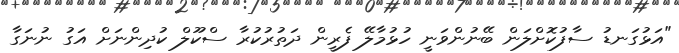
"އަޅުގަނޑު ސާފުކޮށްލަން ބޭނުންވަނީ ހުޅުމާލޭ ފެރީން ދަތުރުކުރާ ސްކޫލް ކުދިންނަށް އަގު ނުނަގާ